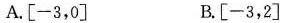
A.[-3,0] B.[-3,2]